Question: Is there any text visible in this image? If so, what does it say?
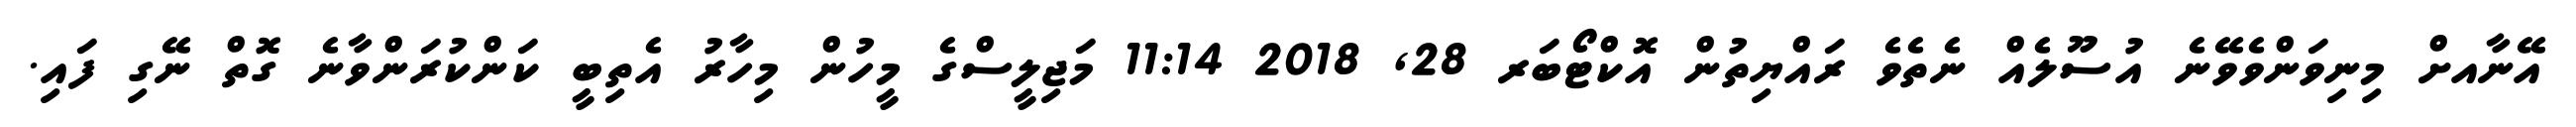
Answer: އޭނާއށް މިނިވަންވެވޭނެ އުސޫލެއް ނެތެވެ ރައްޔިތުން އޮކްޓޯބަރ 28, 2018 11:14 މަޖިލީސްގެ މީހުން މިހާރު އެތިބީ ކަންކުރަންވާނެ ގޮތް ނޭގި ފައި.